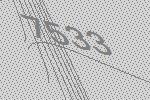
7533